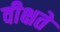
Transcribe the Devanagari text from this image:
वीक्षते